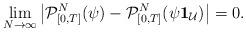
LaTeX: \begin{align*} \lim_{N\to \infty}\big| {\cal P}^N_{[0, T ] }(\psi) - {\cal P}^N_{[0, T ] }(\psi \mathbf 1_{{\mathcal U}})\big| =0 . \end{align*}